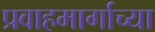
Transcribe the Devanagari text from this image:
प्रवाहमार्गाच्या